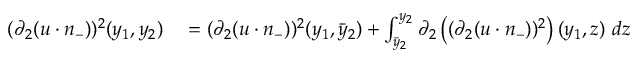
\begin{array} { r l } { ( \partial _ { 2 } ( u \cdot n _ { - } ) ) ^ { 2 } ( y _ { 1 } , y _ { 2 } ) } & { { } = ( \partial _ { 2 } ( u \cdot n _ { - } ) ) ^ { 2 } ( y _ { 1 } , \bar { y } _ { 2 } ) + \int _ { \bar { y } _ { 2 } } ^ { y _ { 2 } } \partial _ { 2 } \left( ( \partial _ { 2 } ( u \cdot n _ { - } ) ) ^ { 2 } \right) ( y _ { 1 } , z ) \ d z } \end{array}